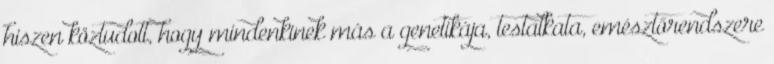
hiszen köztudott, hogy mindenkinek más a genetikája, testalkata, emésztőrendszere